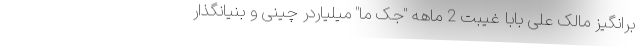
برانگیز مالک علی بابا غیبت 2 ماهه "جک ما" میلیاردر چینی و بنیانگذار